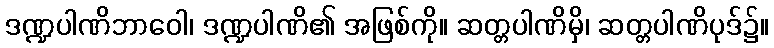
ဒဏ္ဍပါဏိဘာဝေါ၊ ဒဏ္ဍပါဏိ၏ အဖြစ်ကို။ ဆတ္တပါဏိမှိ၊ ဆတ္တပါဏိပုဒ်၌။